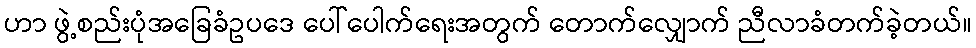
ဟာ ဖွဲ့စည်းပုံအခြေခံဥပဒေ ပေါ်ပေါက်ရေးအတွက် တောက်လျှောက် ညီလာခံတက်ခဲ့တယ်။